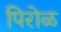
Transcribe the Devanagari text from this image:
पिरोळ